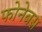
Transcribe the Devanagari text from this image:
फोनेबस